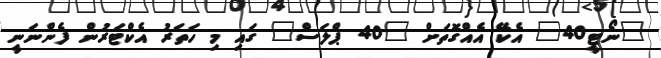
"ނޯޓީ40" އެކޭ އެއްގޮތަށް "40 ޕްލަސް" ގައި މި ހަތަރު އެކްޓަރުން ފެންނަނީ